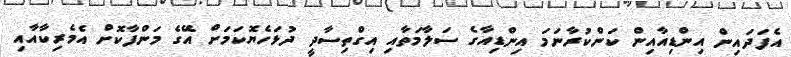
އެފަދައިން އިންޑިއާއިން ކަންކުރާނަމަ އިންޑިއާގެ ސަލާމަތާއި އިގްތިސާދީ ދުޅަހެޔޮކަމަށް އޭގެ މަންފާކޮށް އެމެރިކާއާއި